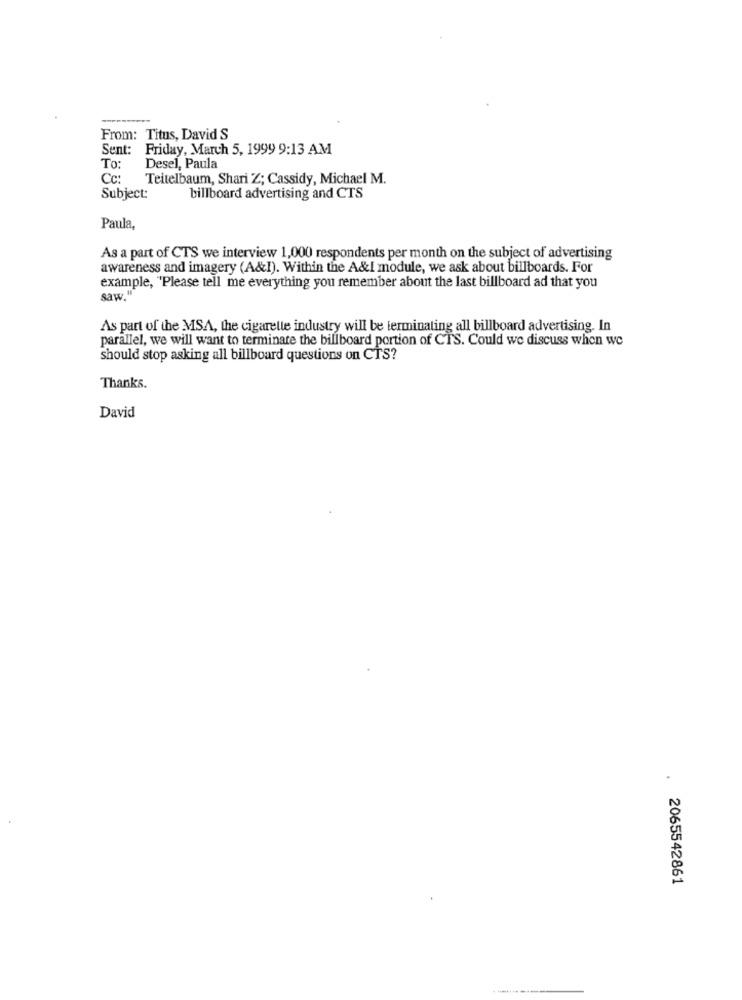
From: Titus, David S
Sent: Friday, March 5, 1999 9:13 AM
To:
Desel, Paula
Cc:
Teitelbaum, Shari Z; Cassidy, Michael M.
Subject:
billboard advertising and CTS
Paula,
As a part of CTS we interview 1,000 respondents per month on the subject of advertising
awareness and imagery (A&I). Within the A&I module, we ask about billboards. For
example, "Please tell me everything you remember about the last billboard ad that you
saw."
As part of the MISA, the cigarette industry will be terminating all billboard advertising. In
parallel, we will want to terminate the billboard portion of CTS. Could we discuss when we
should stop asking all billboard questions on CTS?
Thanks.
David
2065542861